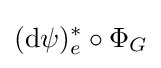
(\mathrm {d} \psi )_{e}^{*}\circ \Phi _{G}